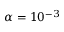
\alpha = 1 0 ^ { - 3 }